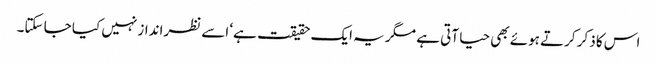
اس کا ذکر کرتے ہوئے بھی حیا آتی ہے مگر یہ ایک حقیقت ہے‘ اسے نظرانداز نہیں کیا جا سکتا۔